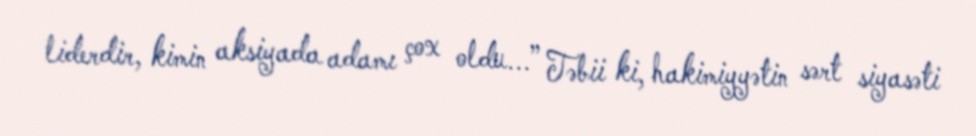
liderdir, kimin aksiyada adamı çox oldu...” Təbii ki, hakimiyyətin sərt siyasəti